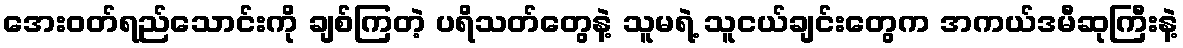
အေးဝတ်ရည်သောင်းကို ချစ်ကြတဲ့ ပရိသတ်တွေနဲ့ သူမရဲ့ သူငယ်ချင်းတွေက အကယ်ဒမီဆုကြီးနဲ့